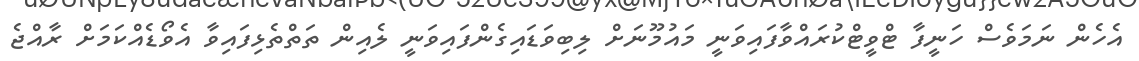
އެހެން ނަމަވެސް ހަނީފާ ޓްވީޓްކުރައްވާފައިވަނީ މައުމޫނަށް ލިބިވަޑައިގެންފައިވަނީ ލެއިން ތަތްތެޅިފައިވާ އެވޯޑެއްކަމަށް ރާއްޖެ